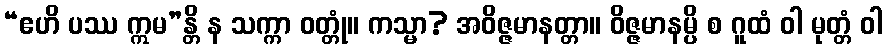
“ဧဟိ ပဿ ဣမ”န္တိ န သက္ကာ ဝတ္တုံ။ ကသ္မာ? အဝိဇ္ဇမာနတ္တာ။ ဝိဇ္ဇမာနမ္ပိ စ ဂူထံ ဝါ မုတ္တံ ဝါ